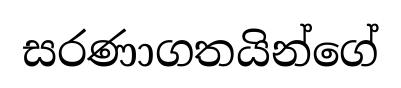
සරණාගතයින්ගේ